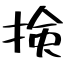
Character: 𢮦